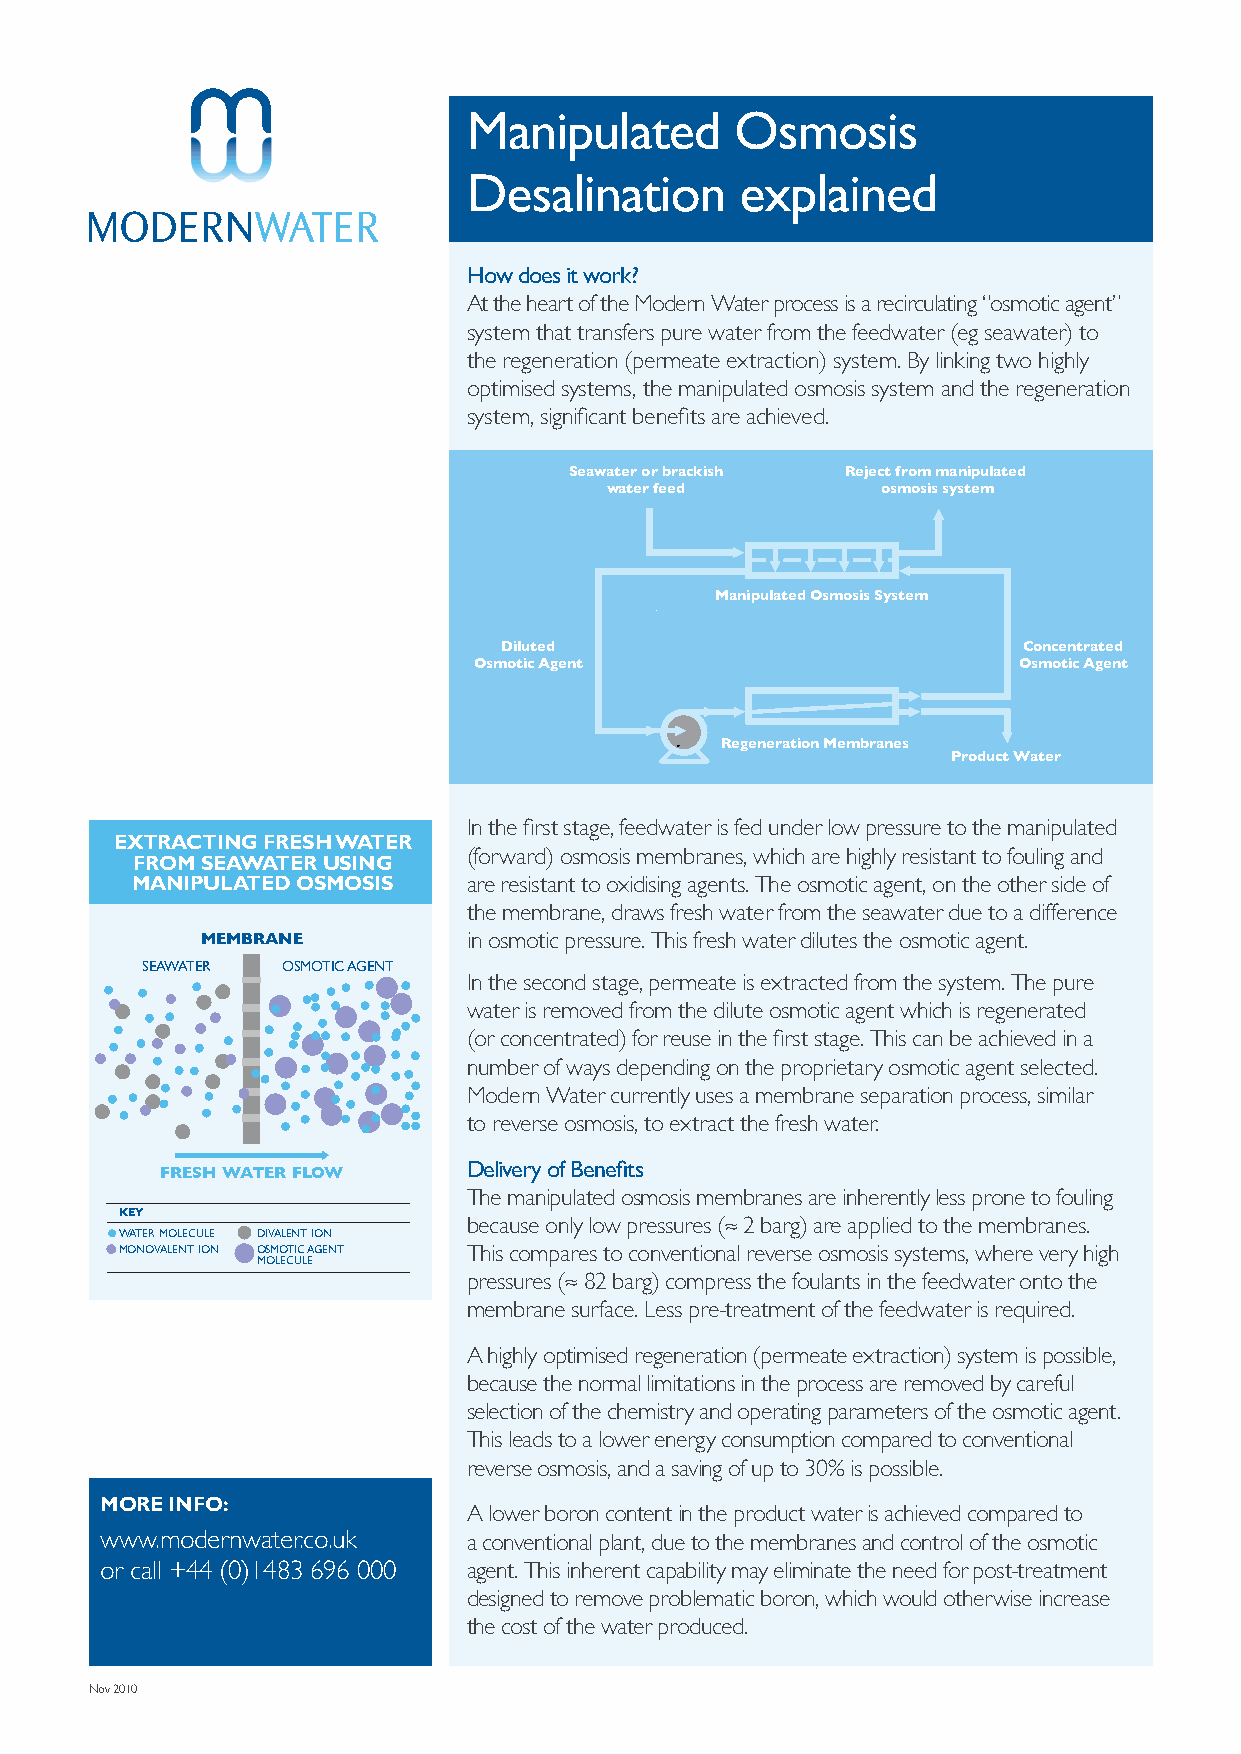
Manipulated       Osmosis
 Desalination      explained
 How does it work?
 At the heart of the Modern Water process is a recirculating “osmotic agent”
 system that transfers pure water from the feedwater (eg seawater) to
 the regeneration (permeate extraction) system. By linking two highly
 optimised systems, the manipulated osmosis system and the regeneration
 system, significant benefits are achieved.
 Seawater or brackish Reject from manipulated
 water feed        osmosis system
 Manipulated Osmosis System
 Diluted                            Concentrated
 Osmotic Agent                       Osmotic Agent
 Regeneration Membranes
 Product Water
 In the first stage, feedwater is fed under low pressure to the manipulated
 eXtracting fresh Water
 (forward) osmosis membranes, which are highly resistant to fouling and
 froM seaWater using
 Manipulated osMosis   are resistant to oxidising agents. The osmotic agent, on the other side of
 the membrane, draws fresh water from the seawater due to a difference
 MEMBRANE          in osmotic pressure. This fresh water dilutes the osmotic agent.
 SEAWATER  OSMOTIC AGENT
 In the second stage, permeate is extracted from the system. The pure
 water is removed from the dilute osmotic agent which is regenerated
 (or concentrated) for reuse in the first stage. This can be achieved in a
 number of ways depending on the proprietary osmotic agent selected.
 Modern Water currently uses a membrane separation process, similar
 to reverse osmosis, to extract the fresh water.
 Delivery of Benefits
 FRESH WATER FLOW
 The manipulated osmosis membranes are inherently less prone to fouling
 KEY
 because only low pressures (≈ 2 barg) are applied to the membranes.
 WATER MOLECULE DIVALENT ION
 MONOVALENT ION OSMOTIC AGENT This compares to conventional reverse osmosis systems, where very high
 MOLECULE
 pressures (≈ 82 barg) compress the foulants in the feedwater onto the
 membrane surface. Less pre-treatment of the feedwater is required.
 A highly optimised regeneration (permeate extraction) system is possible,
 because the normal limitations in the process are removed by careful
 selection of the chemistry and operating parameters of the osmotic agent.
 This leads to a lower energy consumption compared to conventional
 reverse osmosis, and a saving of up to 30% is possible.
 More info:
 A lower boron content in the product water is achieved compared to
 www.modernwater.co.uk   a conventional plant, due to the membranes and control of the osmotic
 or call +44 (0)1483 696 000 agent. This inherent capability may eliminate the need for post-treatment
 designed to remove problematic boron, which would otherwise increase
 the cost of the water produced.
 Nov 2010